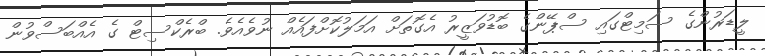
ލީޑަރުންގެ ސަމިޓްގައި ސްޕޭންގެ ބޮޑުވަޒީރު އެގޮތަށް އަމަލުކޮށްފައެއް ނުވެއެވެ. ބްރެކްސިޓް ގެ އެއްބަސްވުން